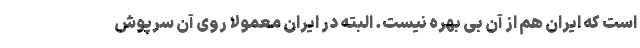
است که ایران هم از آن بی بهره نیست. البته در ایران معمولا روی آن سرپوش